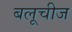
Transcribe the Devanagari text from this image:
बलूचीज